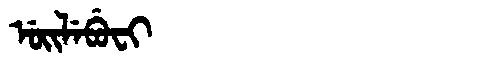
Manchu: ᡠᡳᠯᡝᠪᡠᠸᡳ
Romanization: UILEBUFI